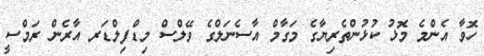
ހޮވާ އެންމެ މޮޅު ކުޅުންތެރިޔާގެ މަގާމް އާސެނަލްގެ ވޭލްސް މިޑްފިލްޑަރ އާރެން ރަމްސީ